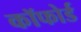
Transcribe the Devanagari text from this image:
कॉफोर्ड